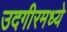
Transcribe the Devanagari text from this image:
उदगीरमध्ये